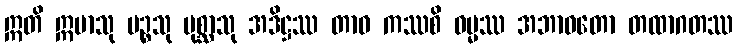
ဣတိ ဣမာသု ပဉ္စသု ပုစ္ဆာသု အဒိဋ္ဌဿ တာဝ ကဿစိ ဓမ္မဿ အဘာဝတော တထာဂတဿ